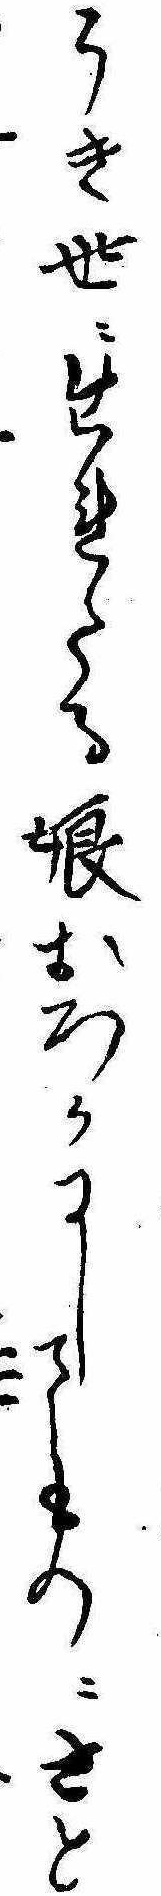
うき世に生れたる娘おろかにしてものにさと